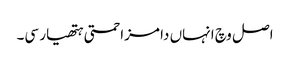
اصل وچ انہاں دا مزاحمتی ہتھیار سی۔